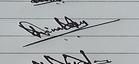
Signature authenticity: genuine